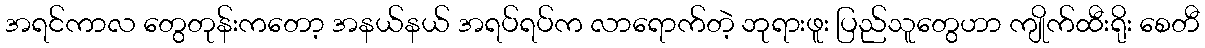
အရင်ကာလ တွေတုန်းကတော့ အနယ်နယ် အရပ်ရပ်က လာရောက်တဲ့ ဘုရားဖူး ပြည်သူတွေဟာ ကျိုက်ထီးရိုး စေတီ